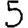
Digit: 5